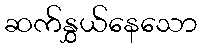
ဆက်နွှယ်နေသော